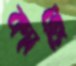
ক্যাপ্রি